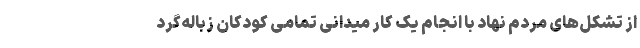
از تشکل‌های مردم نهاد با انجام یک کار میدانی تمامی کودکان زباله‌گرد